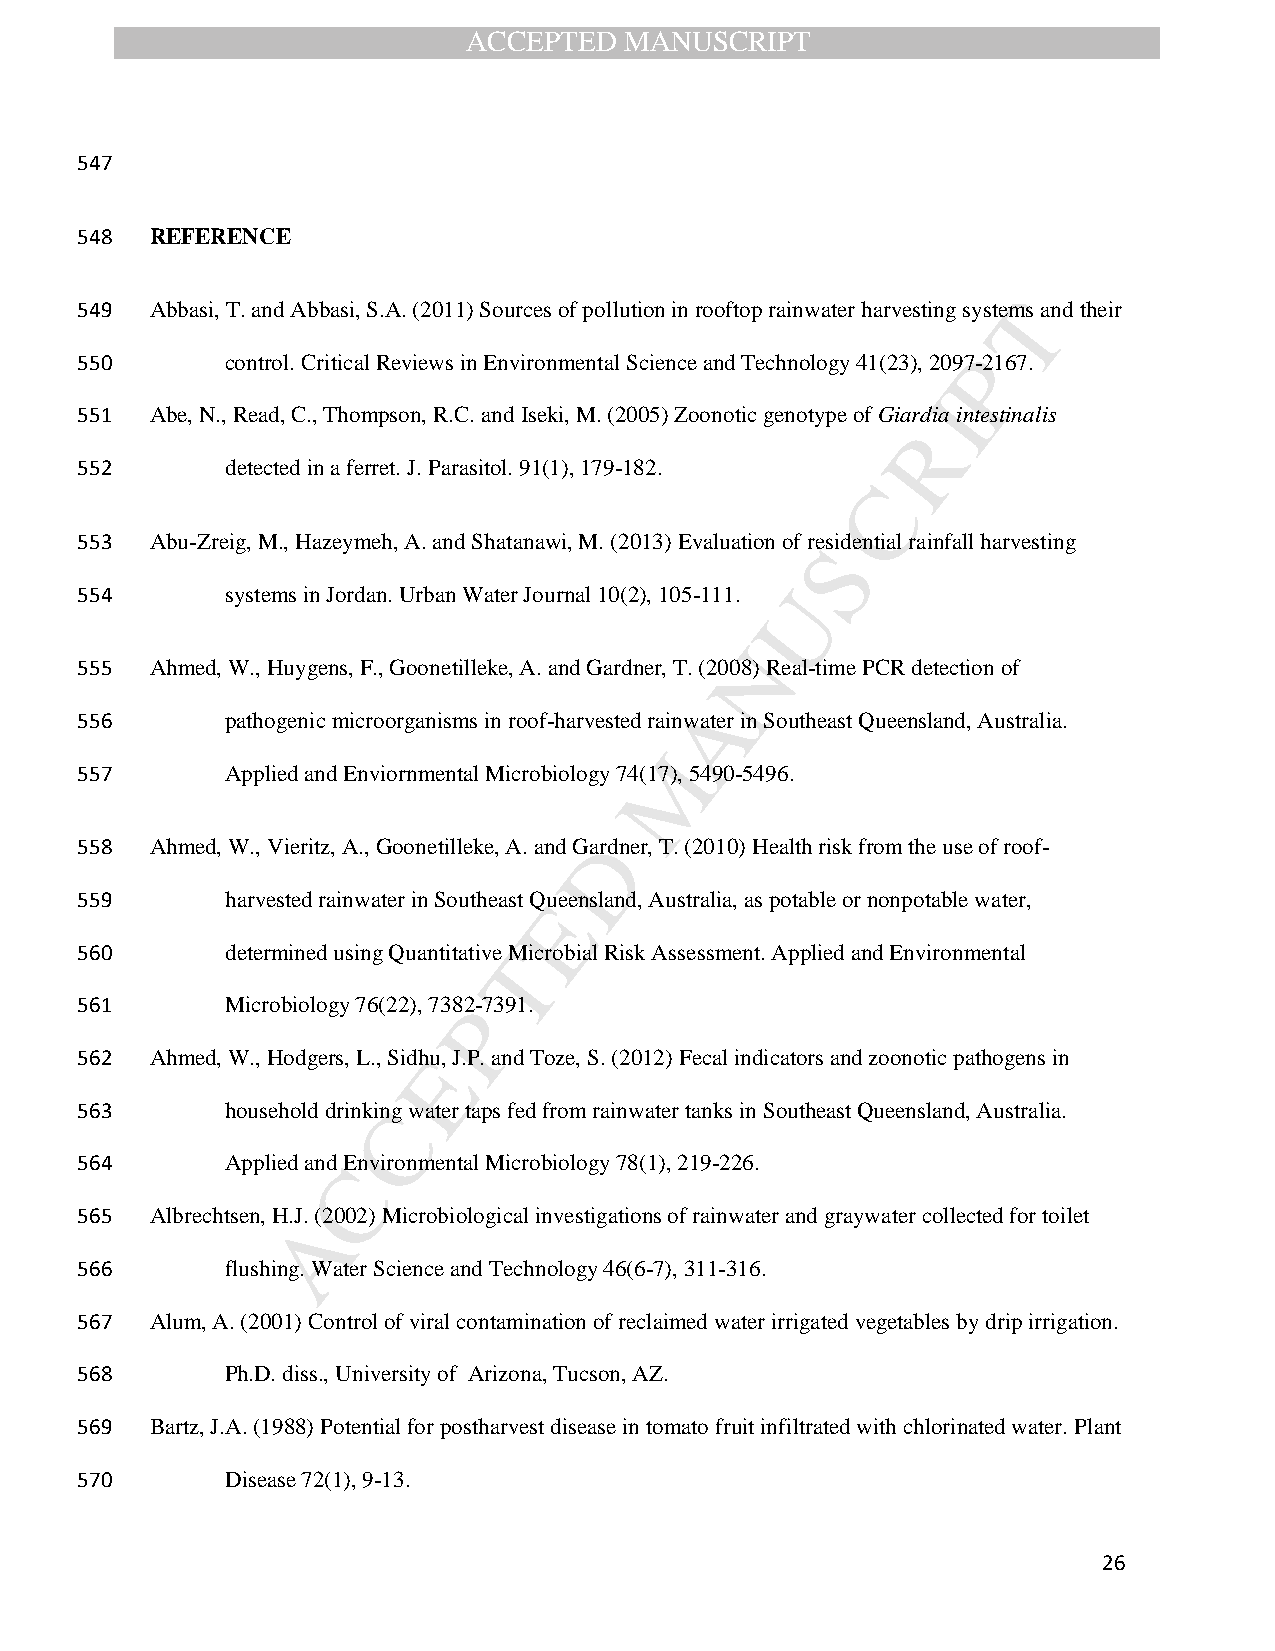
ACCEPTED  MANUSCRIPT
 547
 548  REFERENCE
 549  Abbasi, T. and Abbasi, S.A. (2011) Sources of pollution in rooftop rainwater harvesting systemT s and their
 550       control. Critical Reviews in Environmental Science and Technology 41(23), 2097P-2167.
 I
 551  Abe, N., Read, C., Thompson, R.C. and Iseki, M. (2005) Zoonotic genotype of Giardia intestinalis
 R
 552       detected in a ferret. J. Parasitol. 91(1), 179-182.
 C
 553  Abu-Zreig, M., Hazeymeh, A. and Shatanawi, M. (2013) Evaluation of reSsidential rainfall harvesting
 554       systems in Jordan. Urban Water Journal 10(2), 105-111. U
 N
 555  Ahmed, W., Huygens, F., Goonetilleke, A. and Gardner, T. (2008) Real-time PCR detection of
 A
 556       pathogenic microorganisms in roof-harvested rainwater in Southeast Queensland, Australia.
 M
 557       Applied and Enviornmental Microbiology 74(17), 5490-5496.
 558  Ahmed, W., Vieritz, A., Goonetilleke, A. and GDardner, T. (2010) Health risk from the use of roof-
 559       harvested rainwater in Southeast QEueensland, Australia, as potable or nonpotable water,
 560       determined using Quantitative TMicrobial Risk Assessment. Applied and Environmental
 561       Microbiology 76(22), 738P2-7391.
 562  Ahmed, W., Hodgers, L., SidhEu, J.P. and Toze, S. (2012) Fecal indicators and zoonotic pathogens in
 563       household drinkinCg water taps fed from rainwater tanks in Southeast Queensland, Australia.
 564       Applied andC Environmental Microbiology 78(1), 219-226.
 565  Albrechtsen, H.JA. (2002) Microbiological investigations of rainwater and graywater collected for toilet
 566       flushing. Water Science and Technology 46(6-7), 311-316.
 567  Alum, A. (2001) Control of viral contamination of reclaimed water irrigated vegetables by drip irrigation.
 568       Ph.D. diss., University of Arizona, Tucson, AZ.
 569  Bartz, J.A. (1988) Potential for postharvest disease in tomato fruit infiltrated with chlorinated water. Plant
 570       Disease 72(1), 9-13.
 26